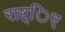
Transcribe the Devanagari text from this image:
राष्ट्िए